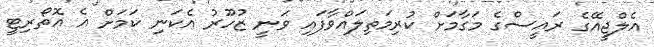
އެލްޖީއޭގެ ރައީސްގެ މަގާމަށް ކުރިމަތިލައްވާފައި ވަނީ ޒުހޫރު އެކަނި ކަމަށް އެ އޮތޯރިޓީ